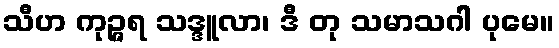
သီဟ ကုဉ္ဇရ သဒ္ဒူလာ၊ ဒီ တု သမာသဂါ ပုမေ။